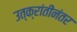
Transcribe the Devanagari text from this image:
उत्क्रांतीनंतर